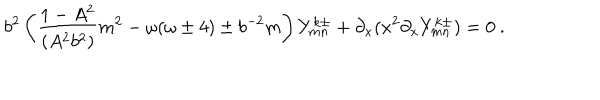
b ^ { 2 } \left( \frac { 1 - A ^ { 2 } } { ( A ^ { 2 } b ^ { 2 } ) } m ^ { 2 } - \omega ( \omega \pm 4 ) \pm b ^ { - 2 } m \right) Y _ { m n } ^ { k \pm } + \partial _ { x } ( x ^ { 2 } \partial _ { x } Y _ { m n } ^ { k \pm } ) = 0 \ .